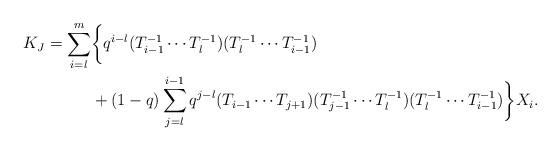
LaTeX: \begin{align*}K_{J}=\sum_{i=l}^{m}&\bigg\{q^{i-l}(T_{i-1}^{-1}\cdots T_{l}^{-1})(T_{l}^{-1}\cdots T_{i-1}^{-1}) \\ &+(1-q)\sum_{j=l}^{i-1}q^{j-l}(T_{i-1}\cdots T_{j+1})(T_{j-1}^{-1}\cdots T_{l}^{-1})(T_{l}^{-1} \cdots T_{i-1}^{-1})\bigg\}X_{i}. \end{align*}